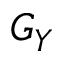
G _ { Y }